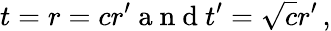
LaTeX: t=r=cr^{\prime}\mathrm{~a~n~d~}t^{\prime}=\sqrt{c}r^{\prime}\, ,